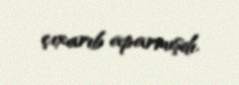
çıxarıb aparmışdı.